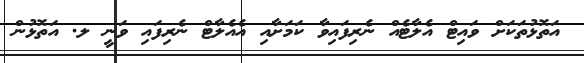
އަތޮޅުތަކަށް ވައިޓް އެލާޓެއް ނެރިފައިވާ ކަަމަށާއި އެއެލާޓް ނެރިފައި ވަނީ ލ. އަތޮޅުން